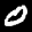
Label: 0